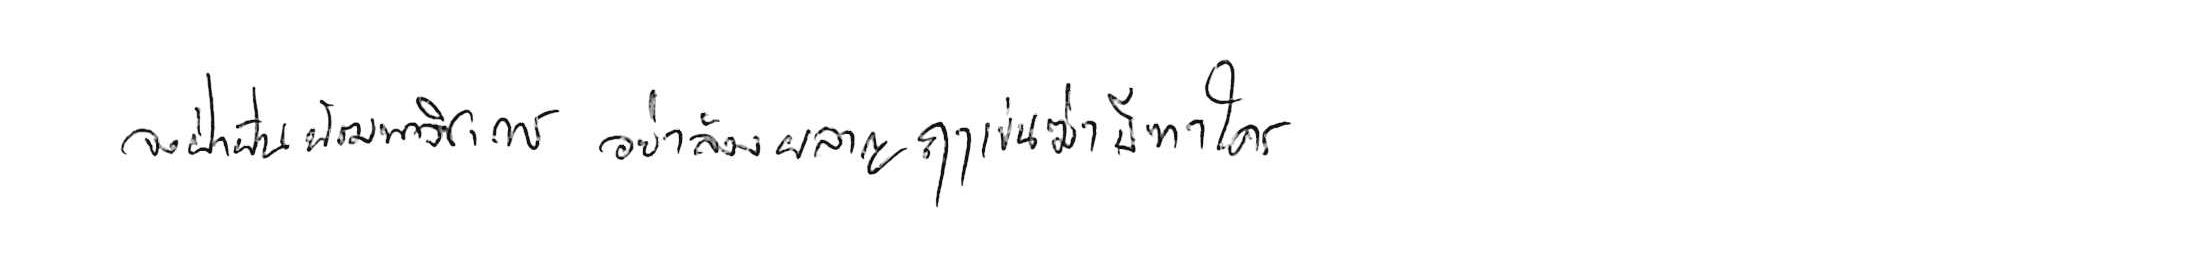
จงฝ่าฟันพัฒนาวิชาการ อย่าล้างผลาญฤๅเข่นฆ่าบีฑาใคร